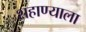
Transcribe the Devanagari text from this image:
शहाण्याला